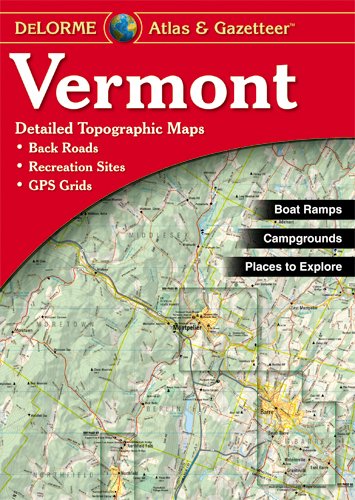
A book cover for Vermont Atlas & Gazetteer; Delorme; Reference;